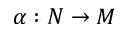
\alpha : N \to M